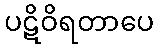
ပဋိဝိရတာပေ